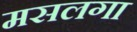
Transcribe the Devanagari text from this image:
मसलगा